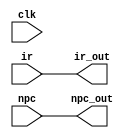
`timescale 1ns / 1ps
//////////////////////////////////////////////////////////////////////////////////
// Company: 
// Engineer: 
// 
// Design Name: 
// Module Name: IF_ID MEM
// Project Name: 
// Target Devices: 
// Tool Versions: 
// Description: 
// 
// Dependencies: 
// 
// Revision:
// Revision 0.01 - File Created
// Additional Comments:
// 
//////////////////////////////////////////////////////////////////////////////////


module IF_ID(
    input clk,
    input [31:0] ir,
    input [31:0] npc,
    output [31:0] ir_out,
    output [31:0] npc_out
    );
    
    reg [31:0] mem[1:0];
    
    always @(*)
    begin
         mem[1] = ir;
         mem[0] = npc;
    end
    
    assign ir_out = mem[1];
    assign npc_out = mem[0];
    
        
endmodule